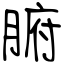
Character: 腑